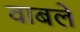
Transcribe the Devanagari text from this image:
वाबले